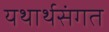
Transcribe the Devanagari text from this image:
यथार्थसंगत